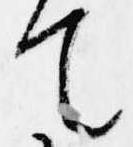
て